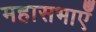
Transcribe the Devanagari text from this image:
महासभाएँ